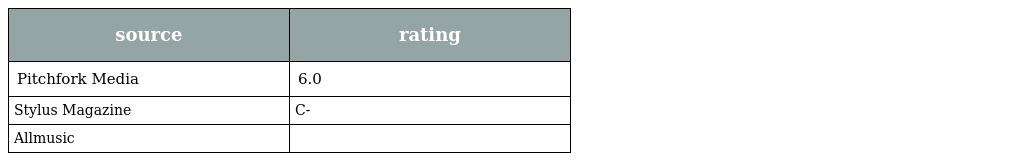
| source | rating |
 | --- | --- |
 | Pitchfork Media | 6.0 |
 | Stylus Magazine | C- |
 | Allmusic |  |